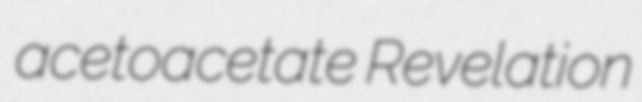
acetoacetate Revelation